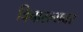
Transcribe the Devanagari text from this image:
विचारल्यवर